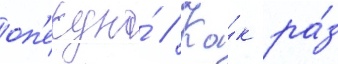
оп'екуна́ // Ка́к ра́з